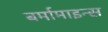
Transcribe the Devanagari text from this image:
बर्मामाइन्स